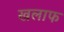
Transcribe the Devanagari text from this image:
खलाफ